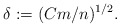
\begin{align*} \delta := (Cm/n)^{1/2}.\end{align*}